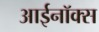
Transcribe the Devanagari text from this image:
आईनॉक्स